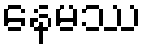
နေမဿ